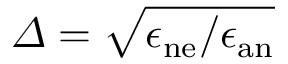
\varDelta = \sqrt { { { \epsilon _ { \mathrm { n e } } } / { \epsilon _ { \mathrm { a n } } } } }